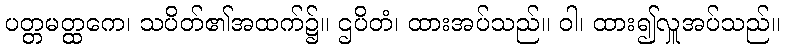
ပတ္တမတ္ထကေ၊ သပိတ်၏အထက်၌။ ဌပိတံ၊ ထားအပ်သည်။ ဝါ၊ ထား၍လှူအပ်သည်။